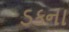
ડકના